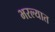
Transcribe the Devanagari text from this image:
भरल्यात